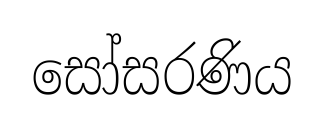
සෝසරණිය